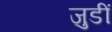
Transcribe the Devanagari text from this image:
जुडीं